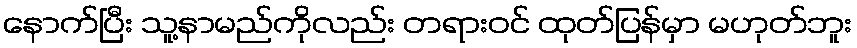
နောက်ပြီး သူ့နာမည်ကိုလည်း တရားဝင် ထုတ်ပြန်မှာ မဟုတ်ဘူး